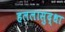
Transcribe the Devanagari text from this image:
हललासुद्धा